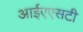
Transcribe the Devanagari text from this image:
आईएएसटी